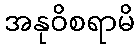
အနုဝိစရာမိ